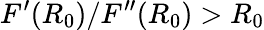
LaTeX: F^{\prime}(R_{0})/F^{\prime\prime}(R_{0})>R_{0}